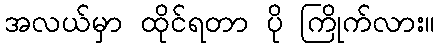
အလယ်မှာ ထိုင်ရတာ ပို ကြိုက်လား။